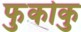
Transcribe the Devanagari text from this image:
फुकोकु